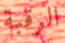
الرقبة